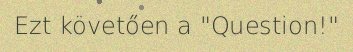
Ezt követően a "Question!"